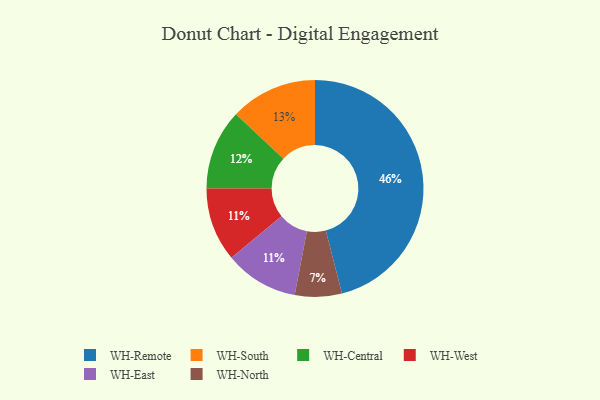
{"axis": {"x": "Category", "y": "Percentage"}, "legend": ["WH-Central", "WH-East", "WH-North", "WH-Remote", "WH-South", "WH-West"], "data": [{"x": "WH-North", "y": 7, "type": "WH-North"}, {"x": "WH-West", "y": 11, "type": "WH-West"}, {"x": "WH-South", "y": 13, "type": "WH-South"}, {"x": "WH-Remote", "y": 46, "type": "WH-Remote"}, {"x": "WH-Central", "y": 12, "type": "WH-Central"}, {"x": "WH-East", "y": 11, "type": "WH-East"}]}